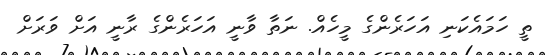
ތީ ހަމައެކަނި އަހަރެންގެ މީހެއް. ނަތާ ވާނީ އަހަރެންގެ ރާނީ އަށް ވަރަށް